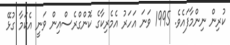
ކުރިން ނިންމާފައެވެ. 1995 ވަނަ އަހަރު އެމެރިކާގެ ކޮންގްރެސްއިން ވަނީ އެކަމާ ގުޅޭ